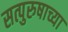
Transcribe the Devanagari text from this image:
सत्पुरुषाच्या